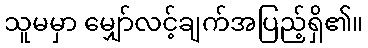
သူမမှာ မျှော်လင့်ချက်အပြည့်ရှိ၏။